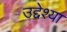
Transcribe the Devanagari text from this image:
उद्देश्या